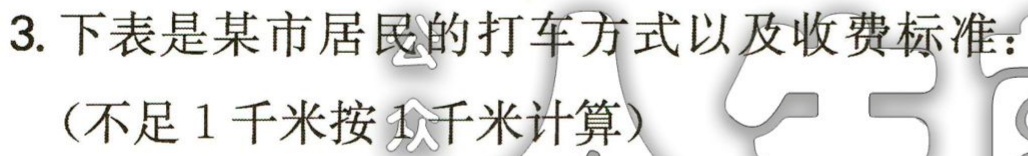
3. 下表是某市居民的打车方式以及收费标准：
（不足1千米按1千米计算）